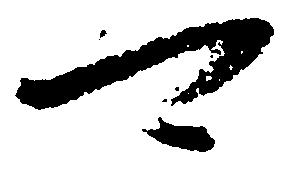
可